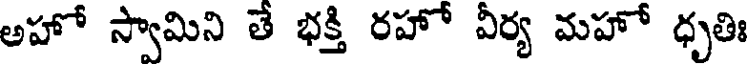
అహో స్వామిని తే భక్తి రహో వీర్య మహో ధృతిః